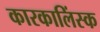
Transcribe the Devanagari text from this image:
कारकालिंस्क